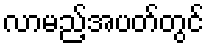
လာမည့်အပတ်တွင်